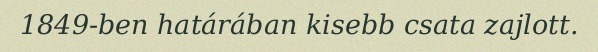
1849-ben határában kisebb csata zajlott.